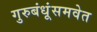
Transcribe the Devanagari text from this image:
गुरुबंधूंसमवेत